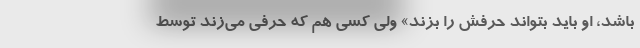
باشد، او باید بتواند حرفش را بزند» ولی کسی هم که حرفی می‌زند توسط